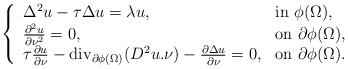
\begin{align*}\left\{\begin{array}{ll}\Delta^2u-\tau\Delta u=\lambda u, & {\rm in\ } \phi(\Omega),\\\frac{\partial^2u}{\partial\nu^2}=0, & {\rm on\ }\partial\phi(\Omega),\\\tau\frac{\partial u}{\partial\nu}-\mathrm{div}_{\partial\phi(\Omega)}(D^2u.\nu)-\frac{\partial\Delta u}{\partial\nu}=0,&{\rm on\ }\partial\phi(\Omega).\end{array}\right.\end{align*}